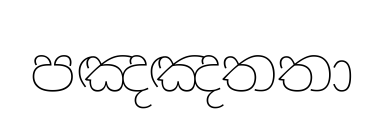
පඤඤතතා